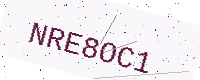
Text: NRE8OC1